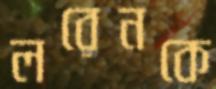
লরেনকে